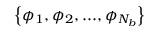
\left\{ \phi _ { 1 } , \phi _ { 2 } , . . . , \phi _ { N _ { b } } \right\}